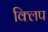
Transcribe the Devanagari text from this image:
क्‍िलप